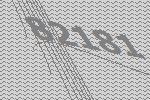
82181